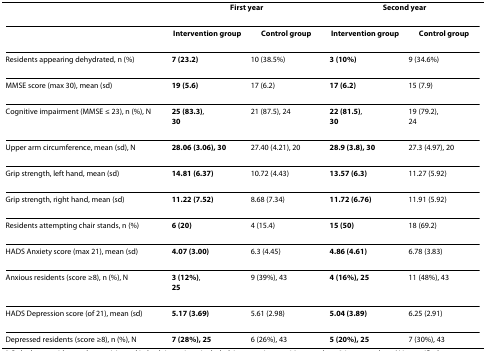
|  | <COLSPAN=2> First year | <COLSPAN=2> Second year |
 | --- | --- | --- | --- | --- |
 |  | Intervention group | Control group | Intervention group | Control group |
 | Residents appearing dehydrated, n (%) | 7 (23.2) | 10 (38.5%) | 3 (10%) | 9 (34.6%) |
 | MMSE score (max 30), mean (sd) | 19 (5.6) | 17 (6.2) | 17 (6.2) | 15 (7.9) |
 | Cognitive impairment (MMSE ≤ 23), n (%), N | 25 (83.3),30 | 21 (87.5), 24 | 22 (81.5),30 | 19 (79.2),24 |
 | Upper arm circumference, mean (sd), N | 28.06 (3.06), 30 | 27.40 (4.21), 20 | 28.9 (3.8), 30 | 27.3 (4.97), 20 |
 | Grip strength, left hand, mean (sd) | 14.81 (6.37) | 10.72 (4.43) | 13.57 (6.3) | 11.27 (5.92) |
 | Grip strength, right hand, mean (sd) | 11.22 (7.52) | 8.68 (7.34) | 11.72 (6.76) | 11.91 (5.92) |
 | Residents attempting chair stands, n (%) | 6 (20) | 4 (15.4) | 15 (50) | 18 (69.2) |
 | HADS Anxiety score (max 21), mean (sd) | 4.07 (3.00) | 6.3 (4.45) | 4.86 (4.61) | 6.78 (3.83) |
 | Anxious residents (score ≥8), n (%), N | 3 (12%),25 | 9 (39%), 43 | 4 (16%), 25 | 11 (48%), 43 |
 | HADS Depression score (of 21), mean (sd) | 5.17 (3.69) | 5.61 (2.98) | 5.04 (3.89) | 6.25 (2.91) |
 | Depressed residents (score ≥8), n (%), N | 7 (28%), 25 | 6 (26%), 43 | 5 (20%), 25 | 7 (30%), 43 |